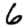
Digit: 6